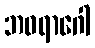
ဘဝရာဂေါ